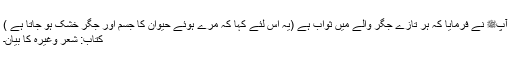
آپﷺ نے فرمایا کہ ہر تازے جگر والے میں ثواب ہے (یہ اس لئے کہا کہ مرے ہوئے حیوان کا جسم اور جگر خشک ہو جاتا ہے )
کتاب: شعر وغیرہ کا بیان۔